Scottish Leaving Certificate Examination, 1956
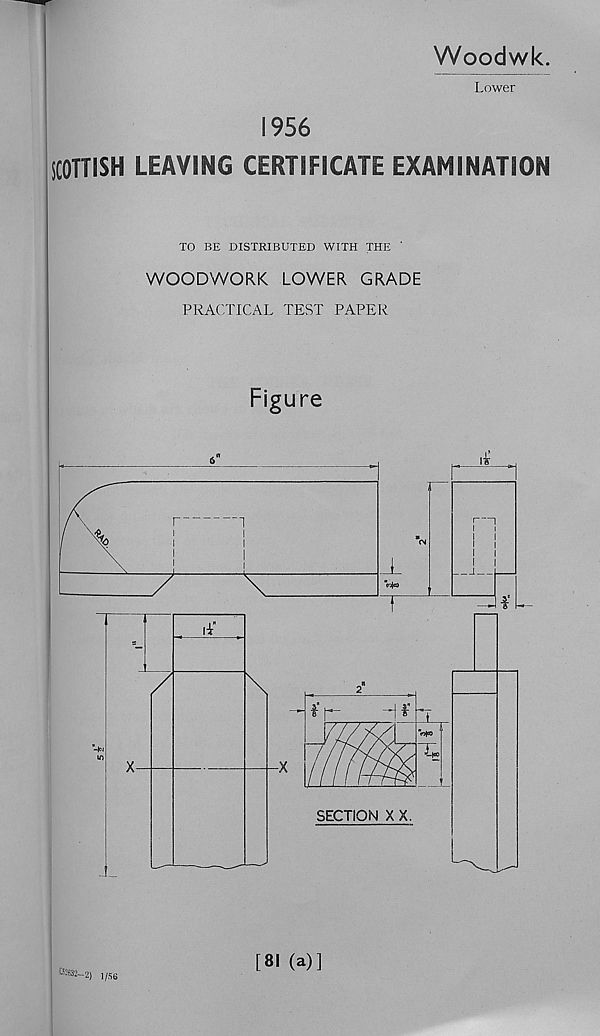
Woodwk
Lower
1956
SCOTTISH LEAVING CERTIFICATE EXAMINATION
TO BE DISTRIBUTED WITH THE '
WOODWORK LOWER GRADE
PRACTICAL TEST PAPER
Figure
tm-2) 1/56
[81 (a)]